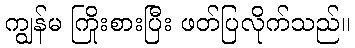
ကျွန်မ ကြိုးစားပြီး ဖတ်ပြလိုက်သည်။